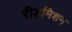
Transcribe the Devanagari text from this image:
रीडमिशन